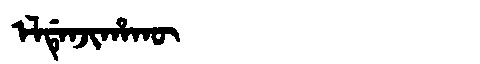
Manchu: ᡝᠯᡩᡝᠨᠵᡳᡥᠠᡴᡡ
Romanization: ELDENJIHAKŪ